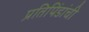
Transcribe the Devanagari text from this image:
प्रतिपिंडांची